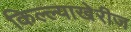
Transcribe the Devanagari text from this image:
किल्ल्याखेरीज